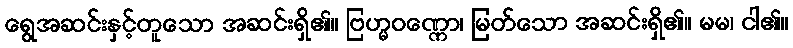
ရွေအဆင်းနှင့်တူသော အဆင်းရှိ၏။ ဗြဟ္မဝဏ္ဏော၊ မြတ်သော အဆင်းရှိ၏။ မမ၊ ငါ၏။